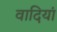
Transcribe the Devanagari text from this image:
वादियां